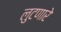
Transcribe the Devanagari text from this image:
लुटणारे